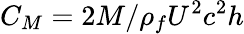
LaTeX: C_{M}=2M/\rho_{f}U^{2}c^{2}h